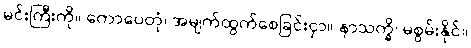
မင်းကြီးကို။ ကောပေတုံ၊ အမျက်ထွက်စေခြင်းငှာ။ နာသက္ခိ၊ မစွမ်းနိုင်။